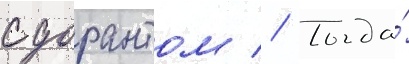
с дорантом // Тогда́